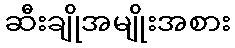
ဆီးချိုအမျိုးအစား